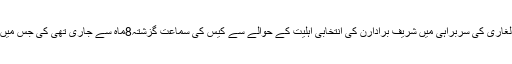
سپریم کورٹ عمارت میں تین رکن بنچ نے جس ٹس موسیٰ کے لغاری کی سربراہی میں شریف برادارن کی انتخابی اہلیت کے حوالے سے کیس کی سماعت گزشتہ8ماہ سے جاری تھی کی جس میں آج اٹارنی جنرل آف پاکستان لطیف کھوسہ نے اپنے دلائل دیے ۔